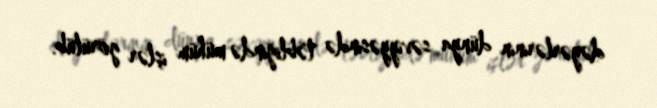
dəyərlərinin dünya səviyyəsində təbliğində mühüm işlər görülüb.